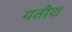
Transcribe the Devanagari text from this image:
यतीश